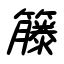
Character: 籐